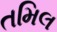
તમિલ